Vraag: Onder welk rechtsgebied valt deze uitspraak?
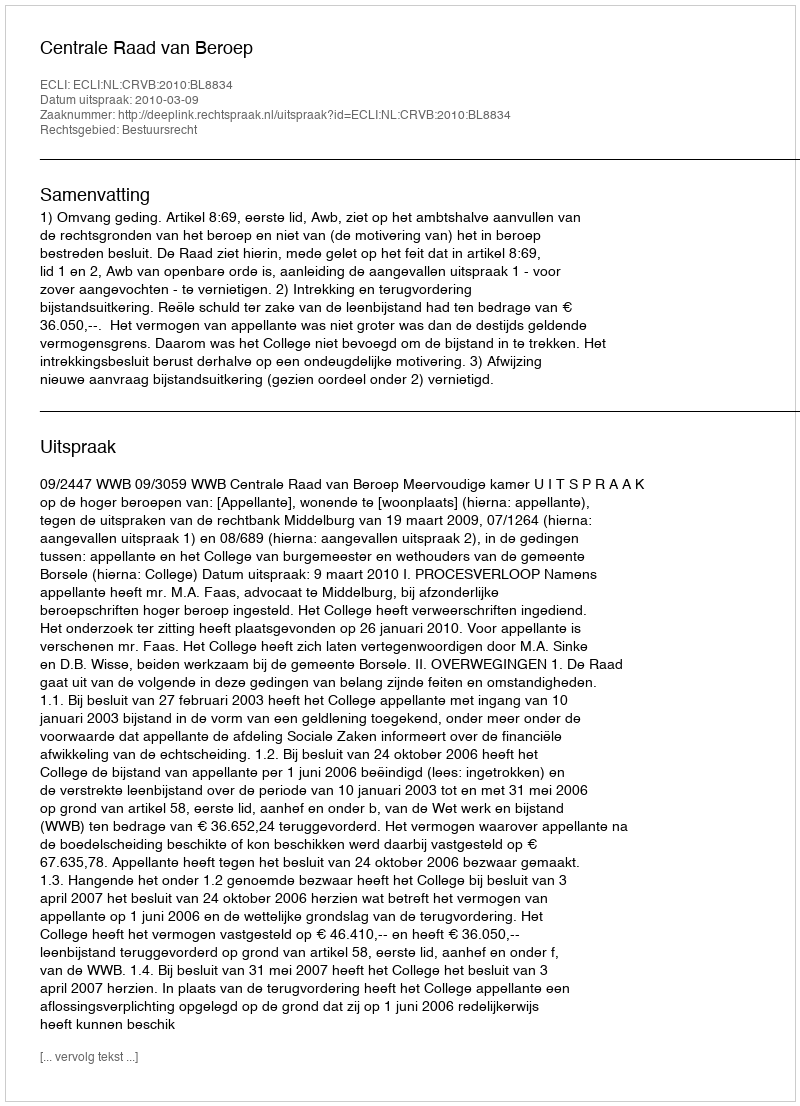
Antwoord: Bestuursrecht